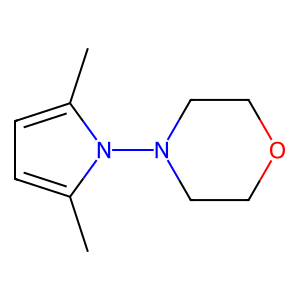
SMILES: Cc1ccc(C)n1N1CCOCC1
Inhibits HIV replication: No